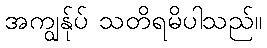
အကျွန်ုပ် သတိရမိပါသည်။